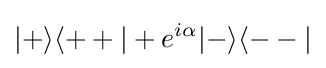
|+\rangle \langle ++|+e^{i\alpha }|-\rangle \langle --|